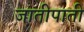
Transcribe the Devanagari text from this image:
जातीपाती